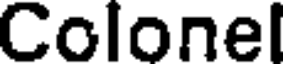
Colonel